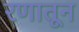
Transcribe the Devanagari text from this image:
रणातून